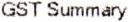
GST SUMMARY